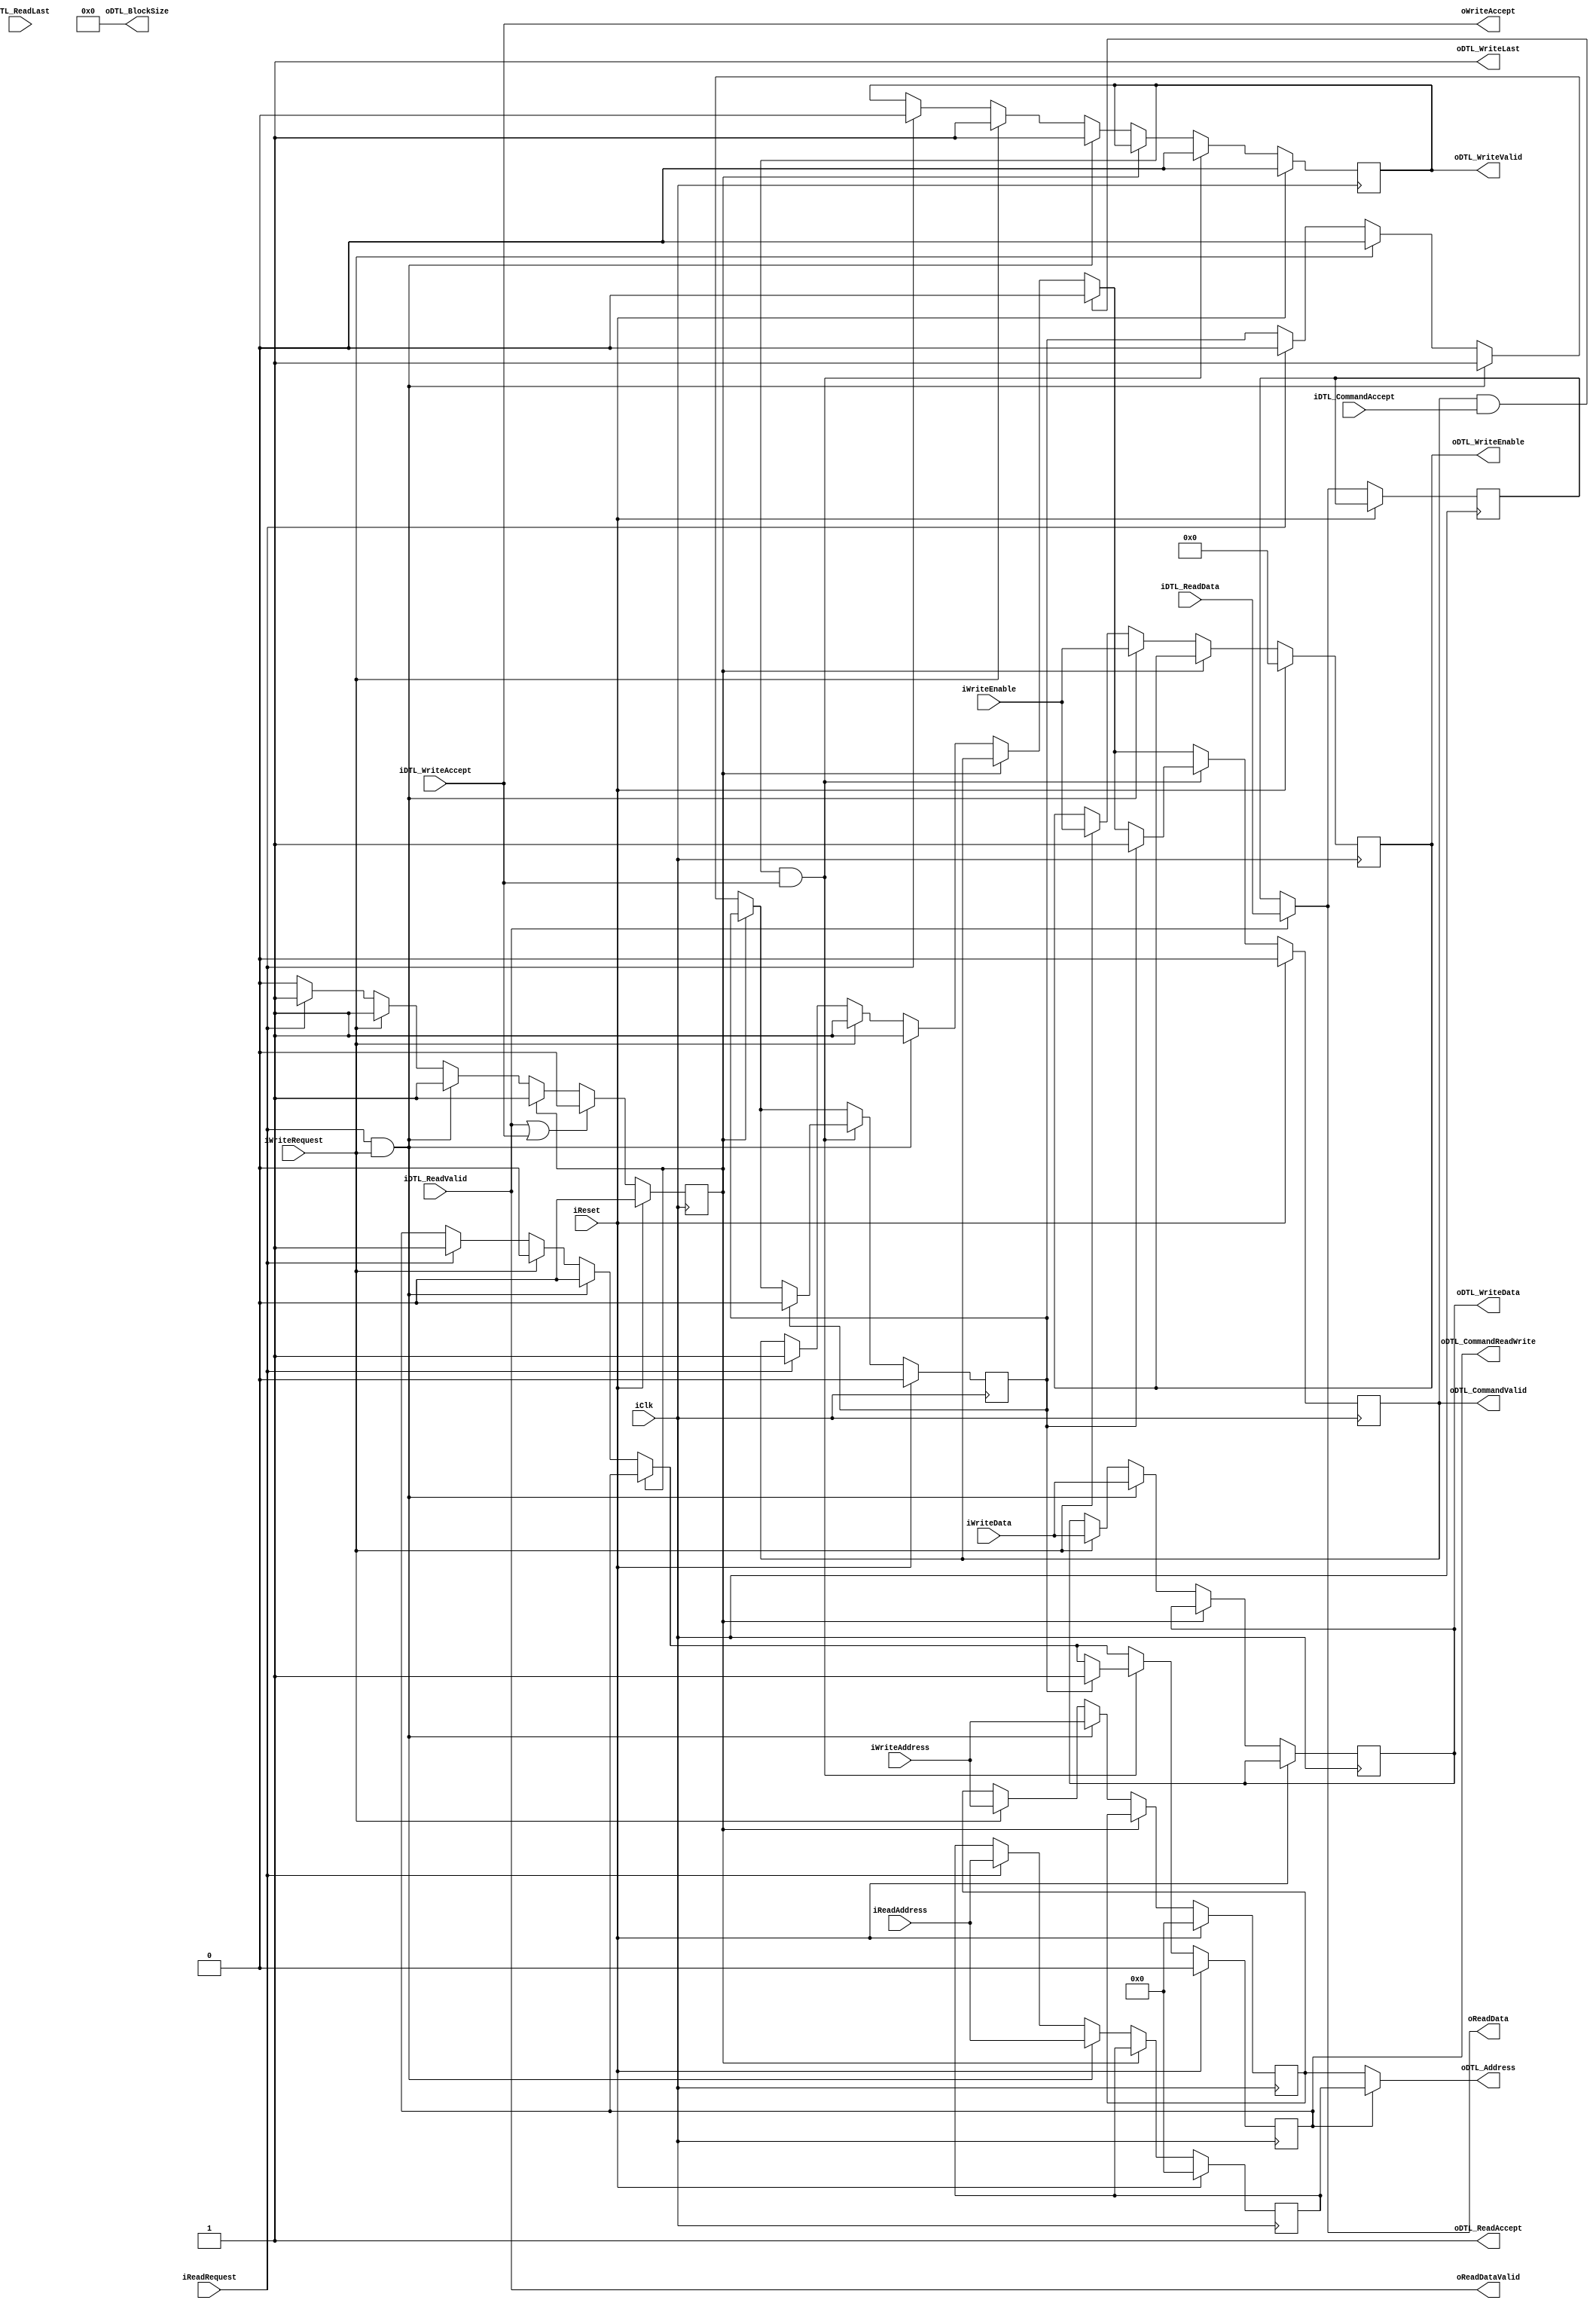
/********************************************************/
/*                      LICENSE:			*/
/*------------------------------------------------------*/
/* These files can be used for the Embedded Computer    */
/* Architecture course (5SIA0) at Eindhoven University  */
/* of technology. You are not allowed to distribute     */
/* these files to others.                               */
/* This header must be retained at all times		*/
/********************************************************/

module DTL_MasterInterface
#(
	parameter D_WIDTH = 32,	
	parameter ADDR_WIDTH = 32,
	parameter MEM_WIDTH = 32,
	
	parameter INTERFACE_WIDTH = 32,
	parameter INTERFACE_ADDR_WIDTH = 32,
	parameter INTERFACE_BLOCK_WIDTH = 5,
	
	parameter NUM_ENABLES = (MEM_WIDTH / 8)
)
(
	input iClk,
	input iReset,
	
	input iReadRequest,
	input iWriteRequest,
	
	input [ADDR_WIDTH-1:0] iWriteAddress,
	input [ADDR_WIDTH-1:0] iReadAddress,
	input [NUM_ENABLES-1:0] iWriteEnable,
	input [D_WIDTH-1:0] iWriteData,
	
	output oReadDataValid,
	output oWriteAccept,
	output [D_WIDTH-1:0] oReadData,
	
	input iDTL_CommandAccept,
	input iDTL_WriteAccept,
	input iDTL_ReadValid,
	input iDTL_ReadLast,
	input [INTERFACE_WIDTH-1:0] iDTL_ReadData,
		
	output oDTL_CommandValid,
	output oDTL_WriteValid,	
	output oDTL_CommandReadWrite,
	output [NUM_ENABLES-1:0] oDTL_WriteEnable,	
	output [INTERFACE_ADDR_WIDTH-1:0] oDTL_Address,
	output [INTERFACE_WIDTH-1:0] oDTL_WriteData,
	
	output [INTERFACE_BLOCK_WIDTH-1:0] oDTL_BlockSize,
	output oDTL_WriteLast,
	output oDTL_ReadAccept
);
			
	reg rPostponedRead;
	
	reg rCommandValid;	
	reg rWriteValid;	
	reg rWritePending;	
	reg rCommandReadWrite;	
	reg rReadDataValid;
	reg rWriteAccept;
			 
	reg [ADDR_WIDTH-1:0] rWriteAddress;
	reg [ADDR_WIDTH-1:0] rReadAddress;
	reg [NUM_ENABLES-1:0] rWriteEnable;	
	reg [D_WIDTH-1:0] rWriteData;	
	reg [D_WIDTH-1:0] rReadData;	

	reg rDTLBusy;

	wire wFirstCycle_Valid = iDTL_ReadValid; 

	assign oReadData = wFirstCycle_Valid ? iDTL_ReadData : rReadData ;
		
	assign oReadDataValid = iDTL_ReadValid;
	assign oWriteAccept = iDTL_WriteAccept; //rWriteAccept;
	
	assign oDTL_CommandValid = rCommandValid;
	assign oDTL_WriteValid = rWriteValid;			
	assign oDTL_CommandReadWrite = rCommandReadWrite;		
	assign oDTL_WriteEnable = rWriteEnable;
	assign oDTL_WriteData = rWriteData;
	assign oDTL_Address = rCommandReadWrite ? rReadAddress : rWriteAddress;
	
	assign oDTL_BlockSize={(INTERFACE_BLOCK_WIDTH){1'b0}};
	assign oDTL_WriteLast=1'b1;
	assign oDTL_ReadAccept=1'b1;

	always @(posedge iClk)
	begin
		if (iReset)			
			begin
				rReadDataValid <= 0;				
				rWriteAccept <= 0;
				rWriteEnable <= 0;
				rWriteAddress <= 0;
				rReadAddress <= 0;
								
				rPostponedRead <= 0;
				rCommandValid <= 0;
				rWriteValid <= 0;
				rCommandReadWrite <= 0;		
				rWritePending <= 0;
				rDTLBusy <= 0;
			end
		else			
			begin					
				//if read and write request occur at the same time
				//postpone the read request untill the write request is completed
				//this is required since DTL does not support both at the same time
				//and since we return the new value, we shuold perform the write first	
				if (!rDTLBusy)
					begin			
						if (iReadRequest & iWriteRequest)
							begin
								rWriteAddress <= iWriteAddress;
								rWriteData <= iWriteData;
								rWriteEnable <= iWriteEnable;
										
								//set the postponed flag and start a write operation
								rWritePending <= 1;						
								rReadAddress <= iReadAddress;
								rPostponedRead <= 1;
								rCommandValid <= 1;
								rWriteValid <= 1;
								rCommandReadWrite <= 0;
								rDTLBusy <= 1;
							end
						else
							begin
								if (iReadRequest)
									begin							
										rReadAddress <= iReadAddress;
										rPostponedRead <= 0;
										rCommandValid <= 1;
										rWriteValid <= 0;
										rCommandReadWrite <= 1;
										rDTLBusy <= 1;
									end
						
								if (iWriteRequest)
									begin								
										rWriteAddress <= iWriteAddress;
										rWriteData <= iWriteData;
										rWriteEnable <= iWriteEnable;
																		
										rWritePending <= 1;
										rPostponedRead <= 0;
										rCommandValid <= 1;
										rWriteValid <= 1;
										rCommandReadWrite <= 0;								
										rDTLBusy <= 1;
									end
							end
					end
											
				//DTL protocol handling
				if (rCommandValid & iDTL_CommandAccept)
					rCommandValid <= 0;
					
				if (rWriteValid & iDTL_WriteAccept)
					begin
						rWriteValid <= 0;									
										
						if (rPostponedRead) //if there was a read queued, execute it
							begin									
								rPostponedRead <= 0;
								rCommandValid <= 1;
								rWriteValid <= 0;
								rCommandReadWrite <= 1;							
							end
					end		

				rReadDataValid <= iDTL_ReadValid;	
				
				if (iDTL_ReadValid)
					rReadData <= iDTL_ReadData;

				if (iDTL_ReadValid | iDTL_WriteAccept)
					rDTLBusy <= 0;
				
				if (rWritePending)
					begin
						rWritePending <= 0;
						rWriteAccept <= iDTL_WriteAccept;
					end
				else
					rWriteAccept <= iDTL_WriteAccept;					
			end
	end
endmodule